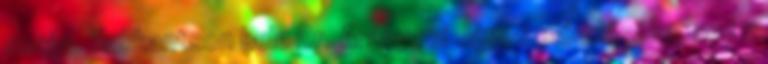
során. Kukkantson bele Dr. Aranyosi János előadásába, ami a